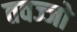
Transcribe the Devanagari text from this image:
तवज्‍जो